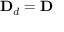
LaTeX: \mathbf { D } _ { d } = \mathbf { D }